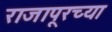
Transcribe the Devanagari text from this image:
राजापूरच्या